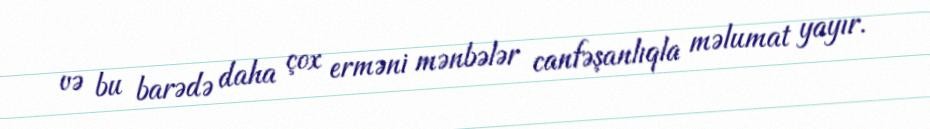
və bu barədə daha çox erməni mənbələr canfəşanlıqla məlumat yayır.